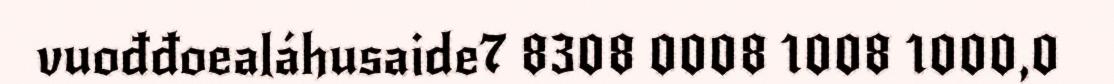
vuođđoealáhusaide7 8308 0008 1008 1000,0